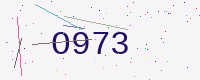
Text: O973